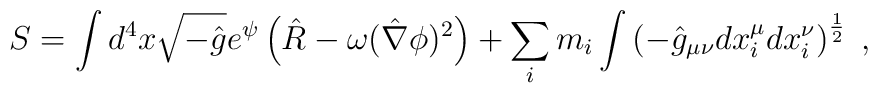
S = \int d^4 x \sqrt{- \hat{g}} e^{\psi} \left( \hat{R} - \omega (\hat{\nabla} \phi)^2 \right) + \sum_i m_i \int \left( - \hat{g}_{\mu \nu} d x^{\mu}_i d x^{\nu}_i \right)^{\frac{1}{2}} \; ,